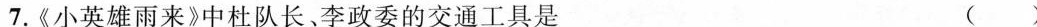
7.《小英雄雨来》中杜队长、李政委的交通工具是 ()